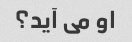
او می آید؟